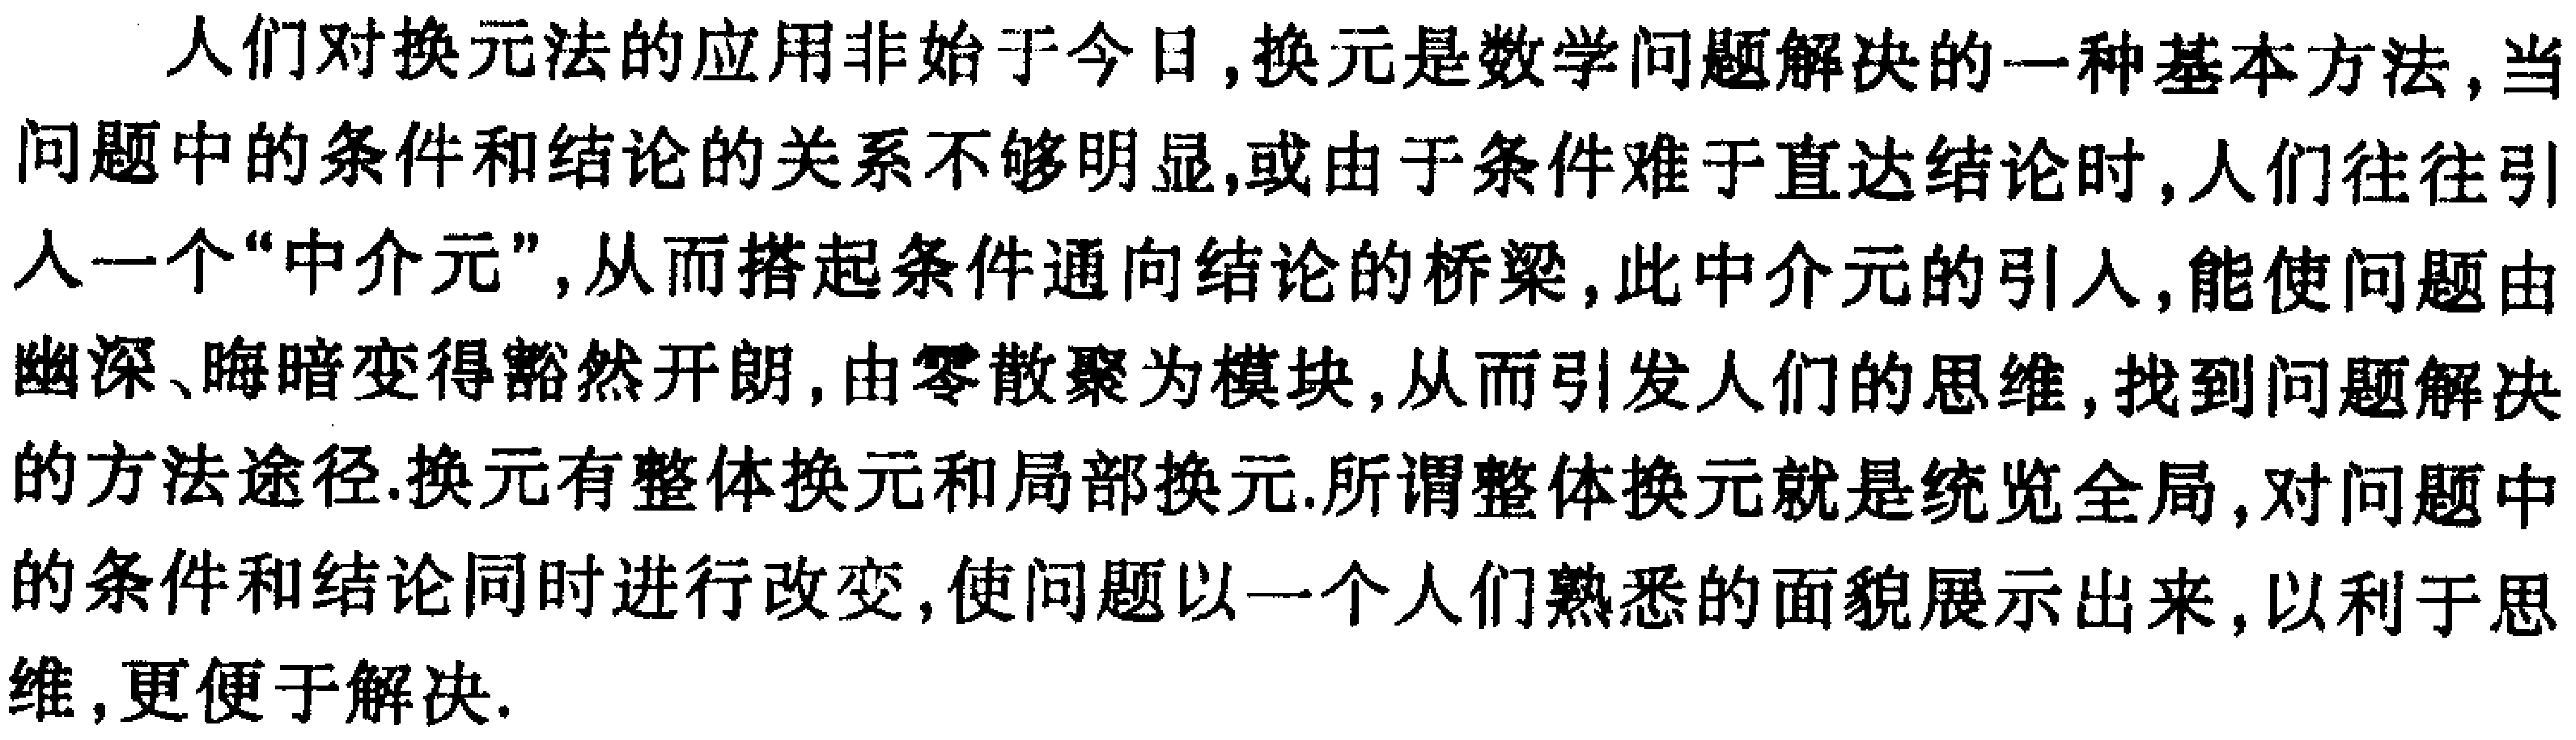
人们对换元法的应用非始于今日,换元是数学问题解决的一种基本方法,当问题中的条件和结论的关系不够明显,或由于条件难于直达结论时,人们往往引入一个“中介元”,从而搭起条件通向结论的桥梁,此中介元的引人,能使问题由幽深、晦暗变得豁然开朗,由零散聚为模块,从而引发人们的思维,找到问题解决的方法途径.换元有整体换元和局部换元.所谓整体换元就是统览全局,对问题中的条件和结论同时进行改变,使问题以一个人们熟悉的面貌展示出来,以利于思维,更便于解决.